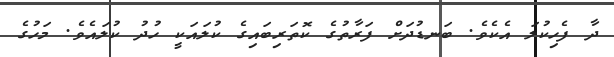
ދާ ފެހިކުލަ އެކެވެ. ބަނޑުދަށް ފަރާތުގެ ކޮތަރިބައިގެ ކުލައަކީ ހުދު ކުލައެވެ. މަހުގެ